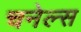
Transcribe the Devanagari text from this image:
चनेल्स